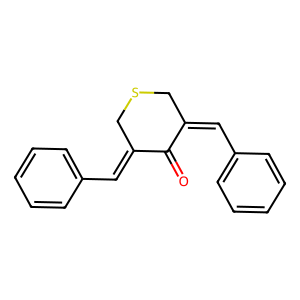
SMILES: O=C1C(=Cc2ccccc2)CSCC1=Cc1ccccc1
Inhibits HIV replication: No